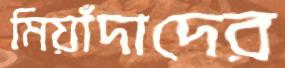
মিয়াঁদাদের